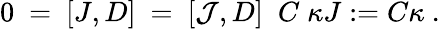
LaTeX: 0\ =\ [J,D]\ =\ [{\mathcal J},D]\ \; C\; \kappa J:=C\kappa\ .